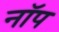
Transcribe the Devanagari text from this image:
नॉप